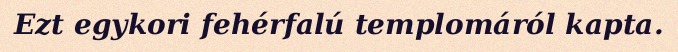
Ezt egykori fehérfalú templomáról kapta.